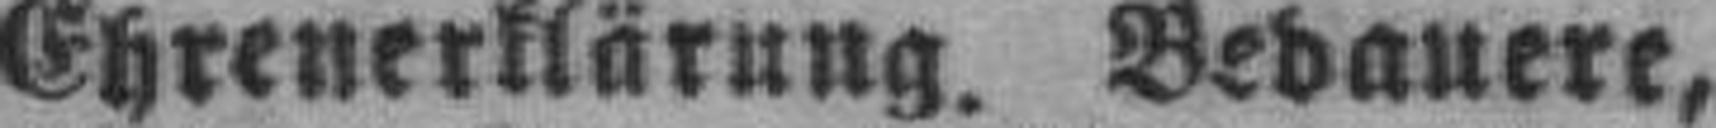
Ehrenerklärung. Bedauere,